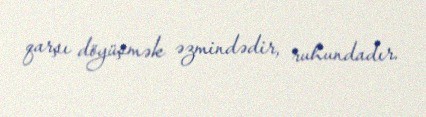
qarşı döyüşmək əzmindədir, ruhundadır.